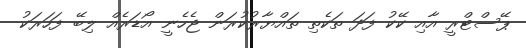
ޕޭސްޓްރީ އާއި ކޭކު ފަދަ ތަކެތި ތައްޔާރުކުރަން ޖެހެނީ އޯޑަރެއް ލިބޭ ފަހަރަކު